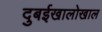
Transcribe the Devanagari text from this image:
दुबईखालोखाल